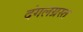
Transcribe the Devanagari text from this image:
दंगलग्रस्त